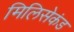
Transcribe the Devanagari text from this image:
मिलिसेकंड